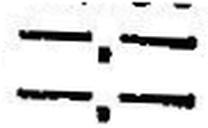
—.—